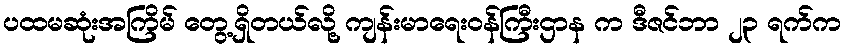
ပထမဆုံးအကြိမ် တွေ့ရှိတယ်လို့ ကျန်းမာရေးဝန်ကြီးဌာန က ဒီဇင်ဘာ ၂၃ ရက်က